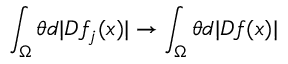
\int _ { \Omega } \theta d | D f _ { j } ( x ) | \to \int _ { \Omega } \theta d | D f ( x ) |